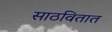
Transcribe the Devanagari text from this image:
साठवितात